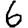
Digit: 6